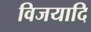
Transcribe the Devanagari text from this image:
विजयादि